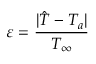
\varepsilon = \frac { | \hat { T } - T _ { a } | } { T _ { \infty } }